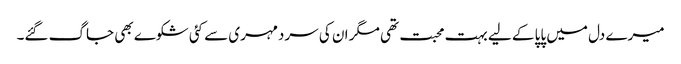
میرے دل میں پاپا کے لیے بہت محبت تھی مگر ان کی سردمہری سے کئی شکوے بھی جاگ گئے۔